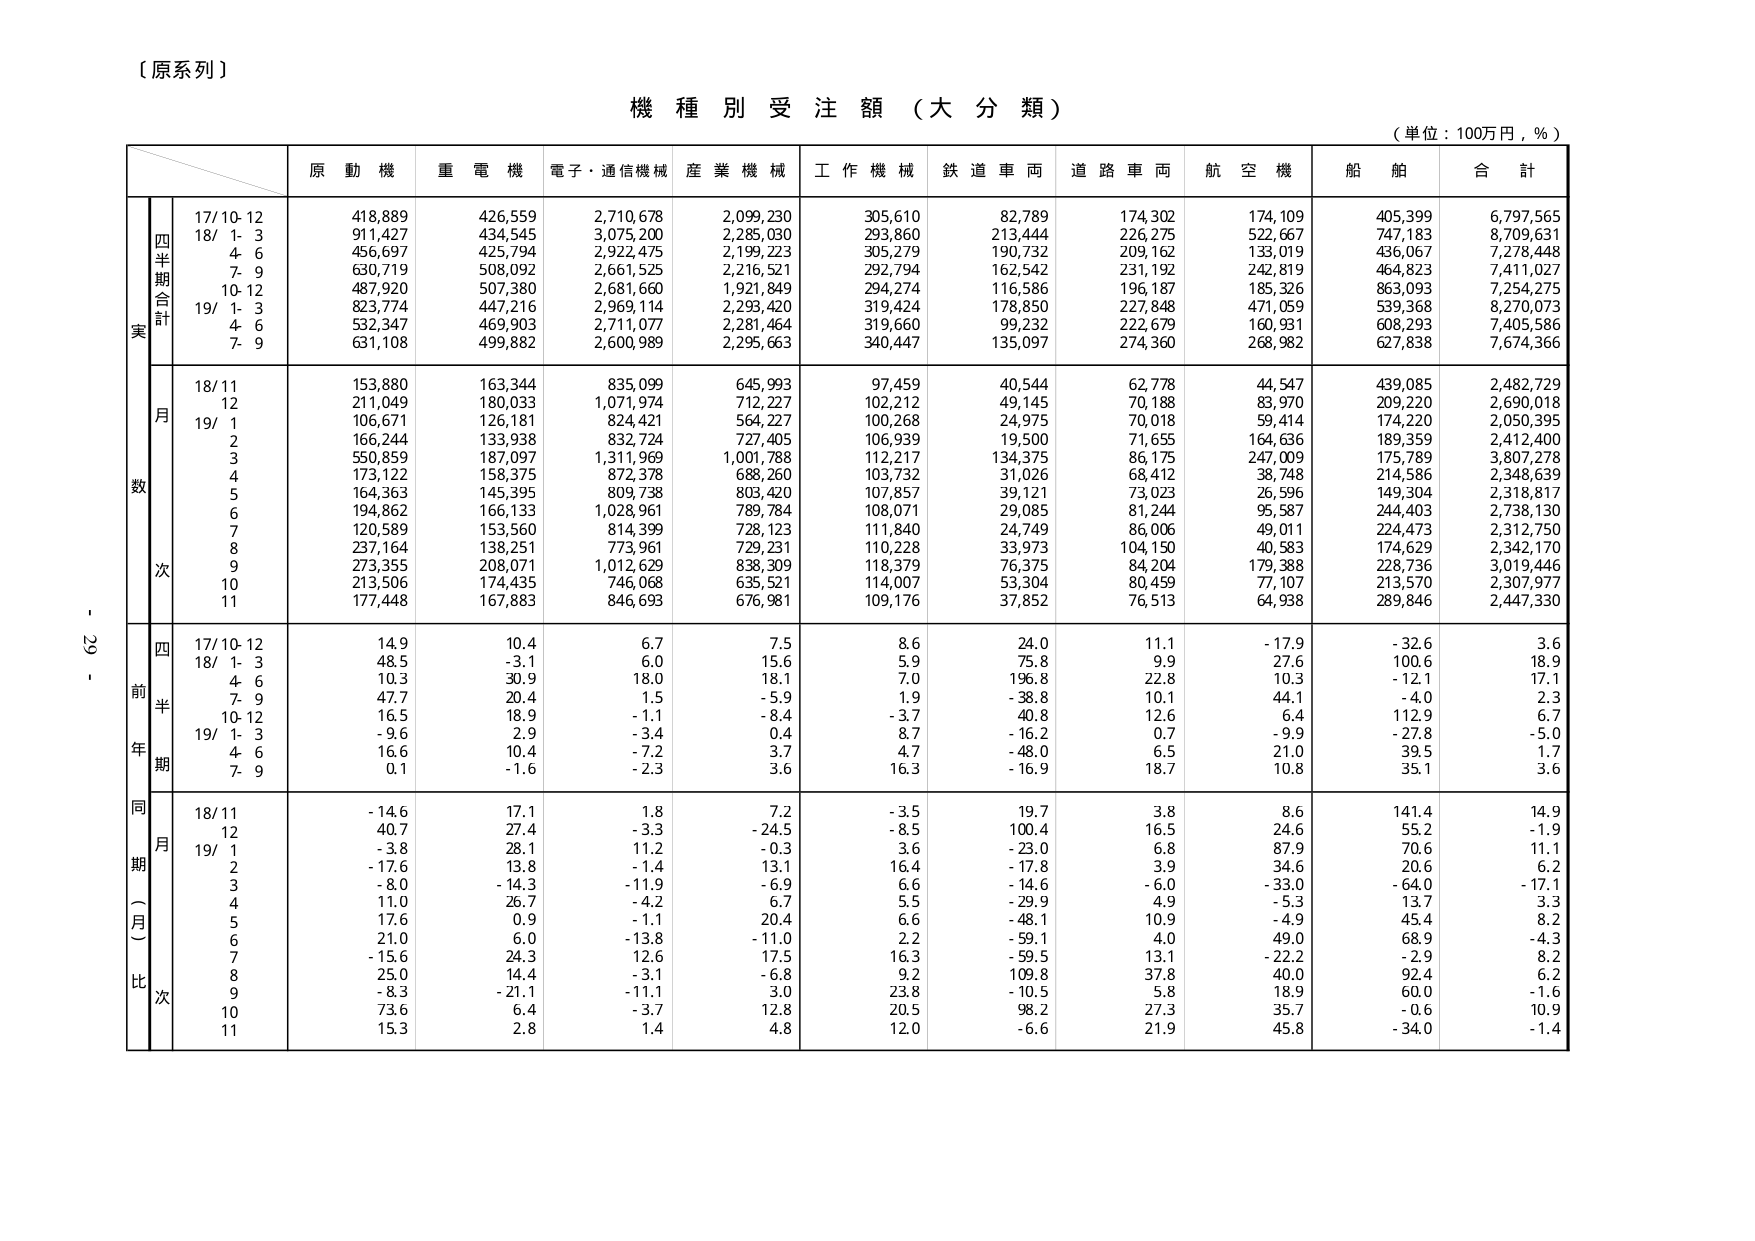
【原系列】

機種別受注額（大分類）

（単位：100万円，％）

原動機　重電機　電子・通信機械　産業機械　工作機械　鉄道車両　道路車両　航空機　船舶　合計

実
四半期合計
17/10-12　418,889　426,559　2,710,678　2,099,230　305,610　82,789　174,302　174,109　405,399　6,797,565
18/1-3　911,427　434,545　3,075,200　2,285,030　293,860　213,444　226,275　522,667　747,183　8,709,631
4-6　456,697　425,794　2,922,475　2,199,223　305,279　190,732　209,162　133,019　436,067　7,278,448
7-9　630,719　508,092　2,661,525　2,216,521　292,794　162,542　231,192　242,819　464,823　7,411,027
10-12　487,920　507,380　2,681,660　1,921,849　294,274　116,586　196,187　185,326　863,093　7,254,275
19/1-3　823,774　447,216　2,969,114　2,293,420　319,424　178,850　227,848　471,059　539,368　8,270,073
4-6　532,347　469,903　2,711,077　2,281,464　319,660　99,232　222,679　160,931　608,293　7,405,586
7-9　631,108　499,882　2,600,989　2,295,663　340,447　135,097　274,360　268,982　627,838　7,674,366

月
数
18/11　153,880　163,344　835,099　645,993　97,459　40,544　62,778　44,547　439,085　2,482,729
12　211,049　180,033　1,071,974　712,227　102,212　49,145　70,188　83,970　209,220　2,690,018
19/1　106,671　126,181　824,421　564,227　100,268　24,975　70,018　59,414　174,220　2,050,395
2　166,244　133,938　832,724　727,405　106,939　19,500　71,655　164,636　189,359　2,412,400
3　550,859　187,097　1,311,969　1,001,788　112,217　134,375　86,175　247,009　175,789　3,807,278
4　173,122　158,375　872,378　688,260　103,732　31,026　68,412　38,748　214,586　2,348,639
5　164,363　145,395　809,738　803,420　107,857　39,121　73,023　26,596　149,304　2,318,817
6　194,862　166,133　1,028,961　789,784　108,071　29,085　81,244　95,587　244,403　2,738,130
7　120,589　153,560　814,399　728,123　111,840　24,749　86,006　49,011　224,473　2,312,750
8　237,164　138,251　773,961　729,231　110,228　33,973　104,150　40,583　174,629　2,342,170
9　273,355　208,071　1,012,629　838,309　118,379　76,375　84,204　179,388　228,736　3,019,446
10　213,506　174,435　746,068　635,521　114,007　53,304　80,459　77,107　213,570　2,307,977
11　177,448　167,883　846,693　676,981　109,176　37,852　76,513　64,938　289,846　2,447,330

四
前
半
年
期
17/10-12　14.9　10.4　6.7　7.5　8.6　24.0　11.1　-17.9　-32.6　3.6
18/1-3　48.5　-3.1　6.0　15.6　5.9　75.8　9.9　27.6　100.6　18.9
4-6　10.3　30.9　18.0　18.1　7.0　196.8　22.8　10.3　-12.1　17.1
7-9　47.7　20.4　1.5　-5.9　1.9　-38.8　10.1　44.1　-4.0　2.3
10-12　16.5　18.9　-1.1　-8.4　-3.7　40.8　12.6　6.4　112.9　6.7
19/1-3　-9.6　2.9　-3.4　0.4　8.7　-16.2　0.7　-9.9　-27.8　-5.0
4-6　16.6　10.4　-7.2　3.7　4.7　-48.0　6.5　21.0　39.5　1.7
7-9　0.1　-1.6　-2.3　3.6　16.3　-16.9　18.7　10.8　35.1　3.6

同期（一月）比
18/11　-14.6　17.1　1.8　7.2　-3.5　19.7　3.8　8.6　141.4　14.9
12　40.7　27.4　-3.3　-24.5　-8.5　100.4　16.5　24.6　55.2　-1.9
19/1　-3.8　28.1　11.2　-0.3　3.6　-23.0　6.8　87.9　70.6　11.1
2　-17.6　13.8　-1.4　13.1　16.4　-17.8　3.9　34.6　20.6　6.2
3　-8.0　-14.3　-11.9　-6.9　6.6　-14.6　-6.0　-33.0　-64.0　-17.1
4　11.0　26.7　-4.2　6.7　5.5　-29.9　4.9　-5.3　13.7　3.3
5　17.6　0.9　-1.1　20.4　6.6　-48.1　10.9　-4.9　45.4　8.2
6　21.0　6.0　-13.8　-11.0　2.2　-59.1　4.0　49.0　68.9　-4.3
7　-15.6　24.3　12.6　17.5　16.3　-59.5　13.1　-22.2　-2.9　8.2
8　25.0　14.4　-3.1　-6.8　9.2　109.8　37.8　40.0　92.4　6.2
9　-8.3　-21.1　-11.1　3.0　23.8　-10.5　5.8　18.9　60.0　-1.6
10　73.6　6.4　-3.7　12.8　20.5　98.2　27.3　35.7　-0.6　10.9
11　15.3　2.8　1.4　4.8　12.0　-6.6　21.9　45.8　-34.0　-1.4

- 29 -